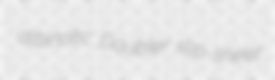
albinotic Doubler slip-sheet